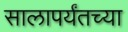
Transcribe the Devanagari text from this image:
सालापर्यंतच्या